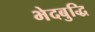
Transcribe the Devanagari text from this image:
भेदबुद्धि